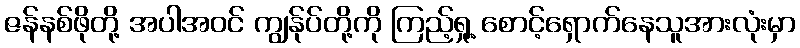
ဇန်နစ်ဖိုတို့ အပါအဝင် ကျွန်ုပ်တို့ကို ကြည့်ရှု့ စောင့်ရှောက်နေသူအားလုံးမှာ